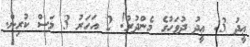
ޢީދު 3: ޢީދު ދުވަހުގެ މެންދުރު! 2 އަހަރު 3 މަސް ކުރިން.